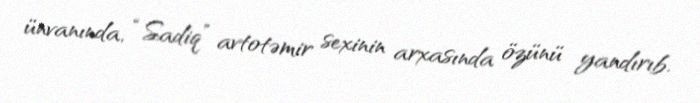
ünvanında, “Sadiq” avtotəmir sexinin arxasında özünü yandırıb.